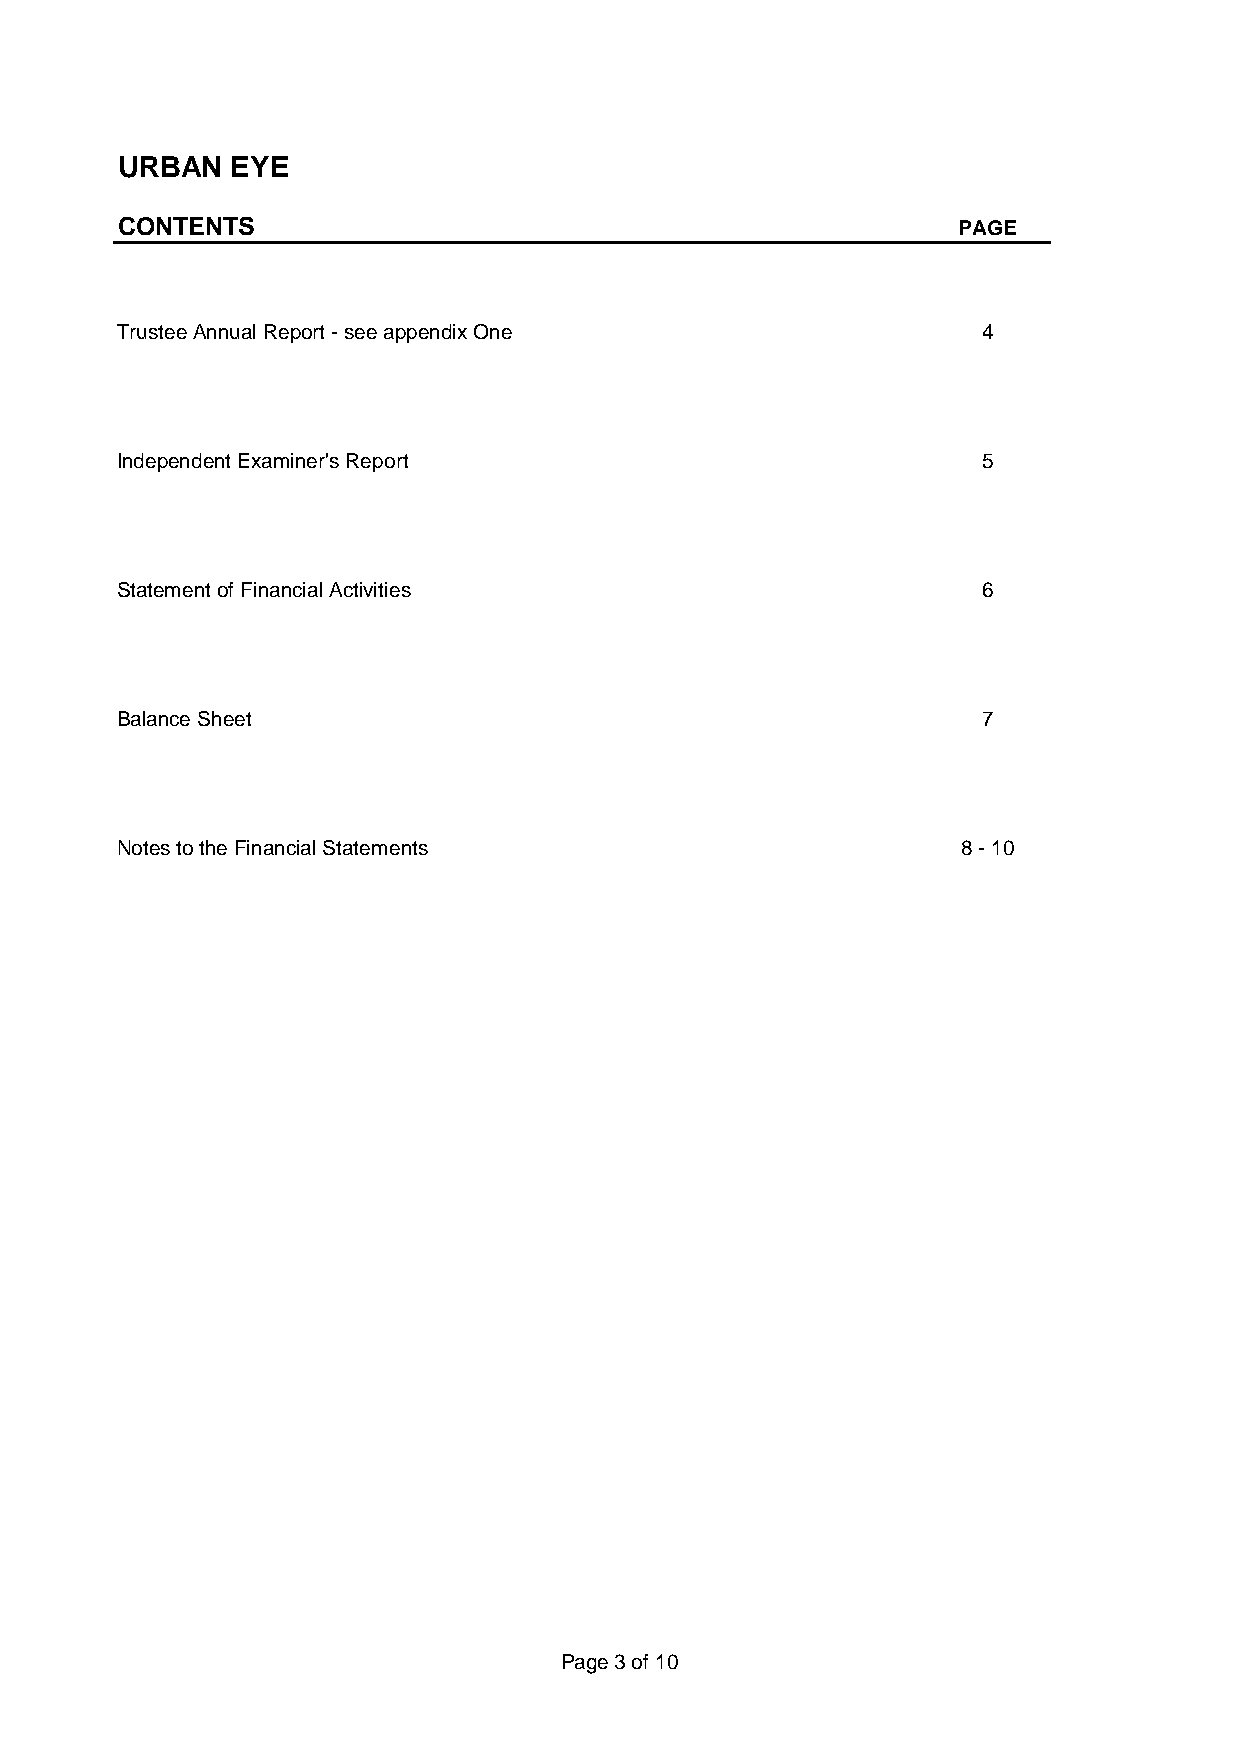
URBAN  EYE
 CONTENTS                                               PAGE
 Trustee Annual Report - see appendix One                 4
 Independent Examiner's Report                            5
 Statement of Financial Activities                        6
 Balance Sheet                                            7
 Notes to the Financial Statements                       8 - 10
 Page 3 of 10